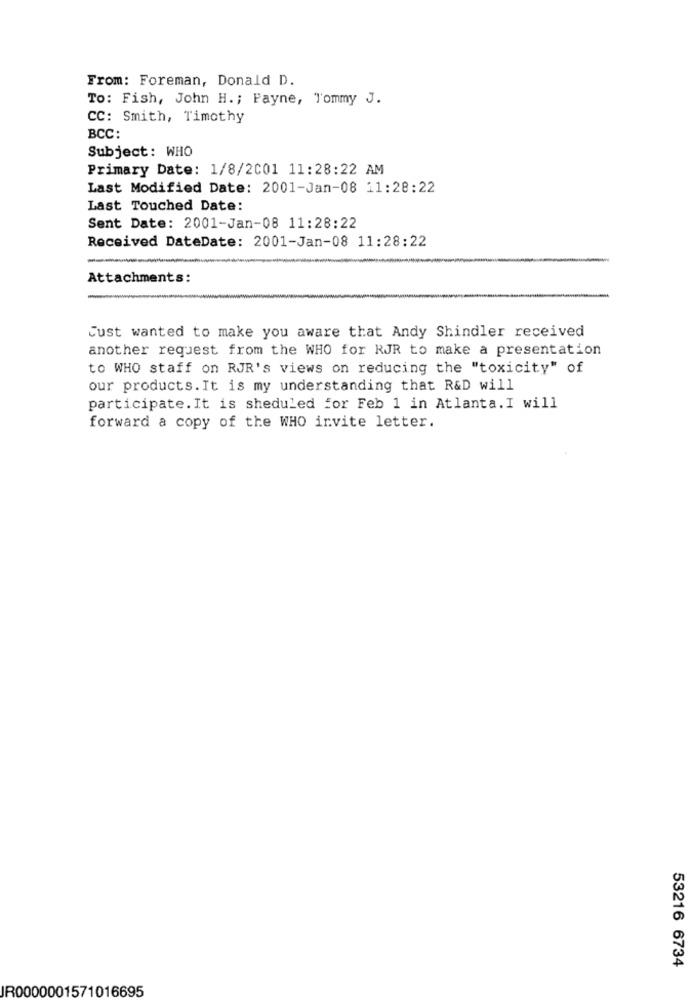
From: Foreman, Donald D.
To: Fish, John H. ; Payne, Tommy J.
CC: Smith, Timothy
BCC:
Subject: WHO
Primary Date: 1/8/2001 11:28:22 AM
Last Modified Date: 2001-Jan-08 11:28:22
Last Touched Date:
Sent Date: 2001-Jan-08 11:28:22
Received DateDate: 2001-Jan-08 11:28:22
Attachments:
Just wanted to make you aware that Andy Shindler received
another request from the WHO for RJR to make a presentation
to WHO staff on RJR's views on reducing the "toxicity" of
our products. It is my understanding that R&D will
participate. It is sheduled for Feb 1 in Atlanta. I will
forward a copy of the WHO invite letter.
53216 6734
IR0000001571016695